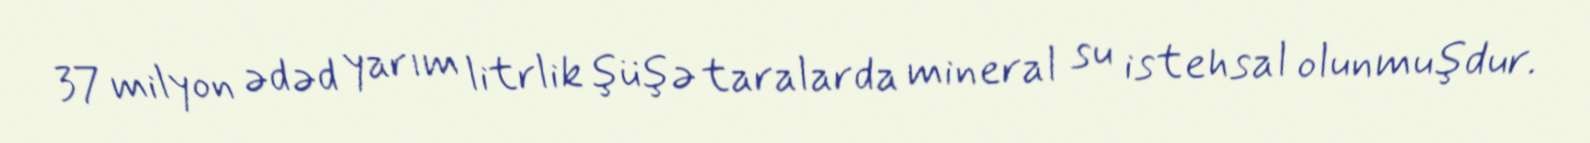
37 milyon ədəd yarım litrlik şüşə taralarda mineral su istehsal olunmuşdur.